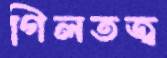
গিলতজ্ব